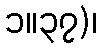
၁။၃၇)၊